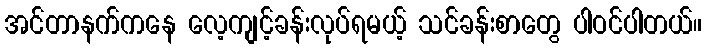
အင်တာနက်ကနေ လေ့ကျင့်ခန်းလုပ်ရမယ့် သင်ခန်းစာတွေ ပါဝင်ပါတယ်။